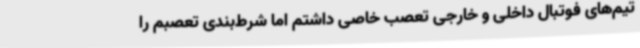
تیم‌های فوتبال داخلی و خارجی تعصب خاصی داشتم اما شرط‌بندی تعصبم را